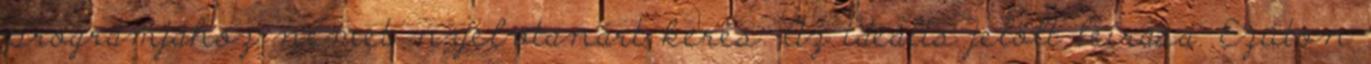
programjához német nyelvtanárt keres. Az ideális jelölt leírása: Ezúton